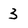
Character: 3